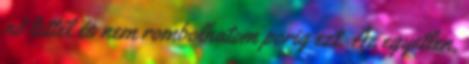
nő lettél és nem rombolhatom porig ezt. Az egyetlen,